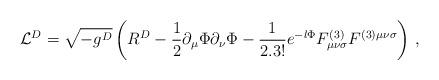
LaTeX: \begin{align*} {\cal L}^D =\sqrt{-g^D}\left(R^D-\frac{1}{2}\partial_\mu\Phi\partial_\nu\Phi-{1\over 2 . 3!}e^{-l\Phi}F^{(3)}_{\mu\nu\sigma}F^{(3)\mu\nu\sigma}\right)\, ,\end{align*}